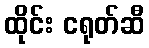
ထိုင်း ငရုတ်ဆီ